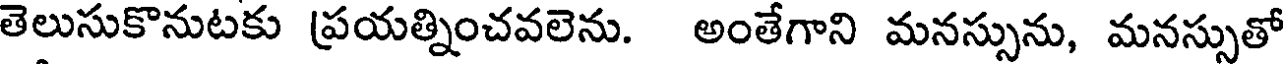
తెలుసుకొనుటకు ప్రయత్నించవలెను. అంతేగాని మనస్సును, మనస్సుతో